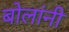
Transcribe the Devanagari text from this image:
बोलांनी